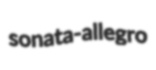
sonata-allegro